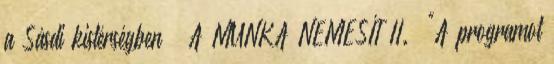
a Sásdi kistérségben” „A MUNKA NEMESÍT II.” "A programot